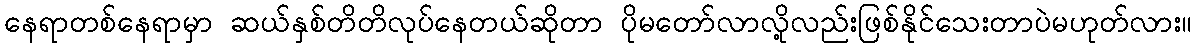
နေရာတစ်နေရာမှာ ဆယ်နှစ်တိတိလုပ်နေတယ်ဆိုတာ ပိုမတော်လာလို့လည်းဖြစ်နိုင်သေးတာပဲမဟုတ်လား။